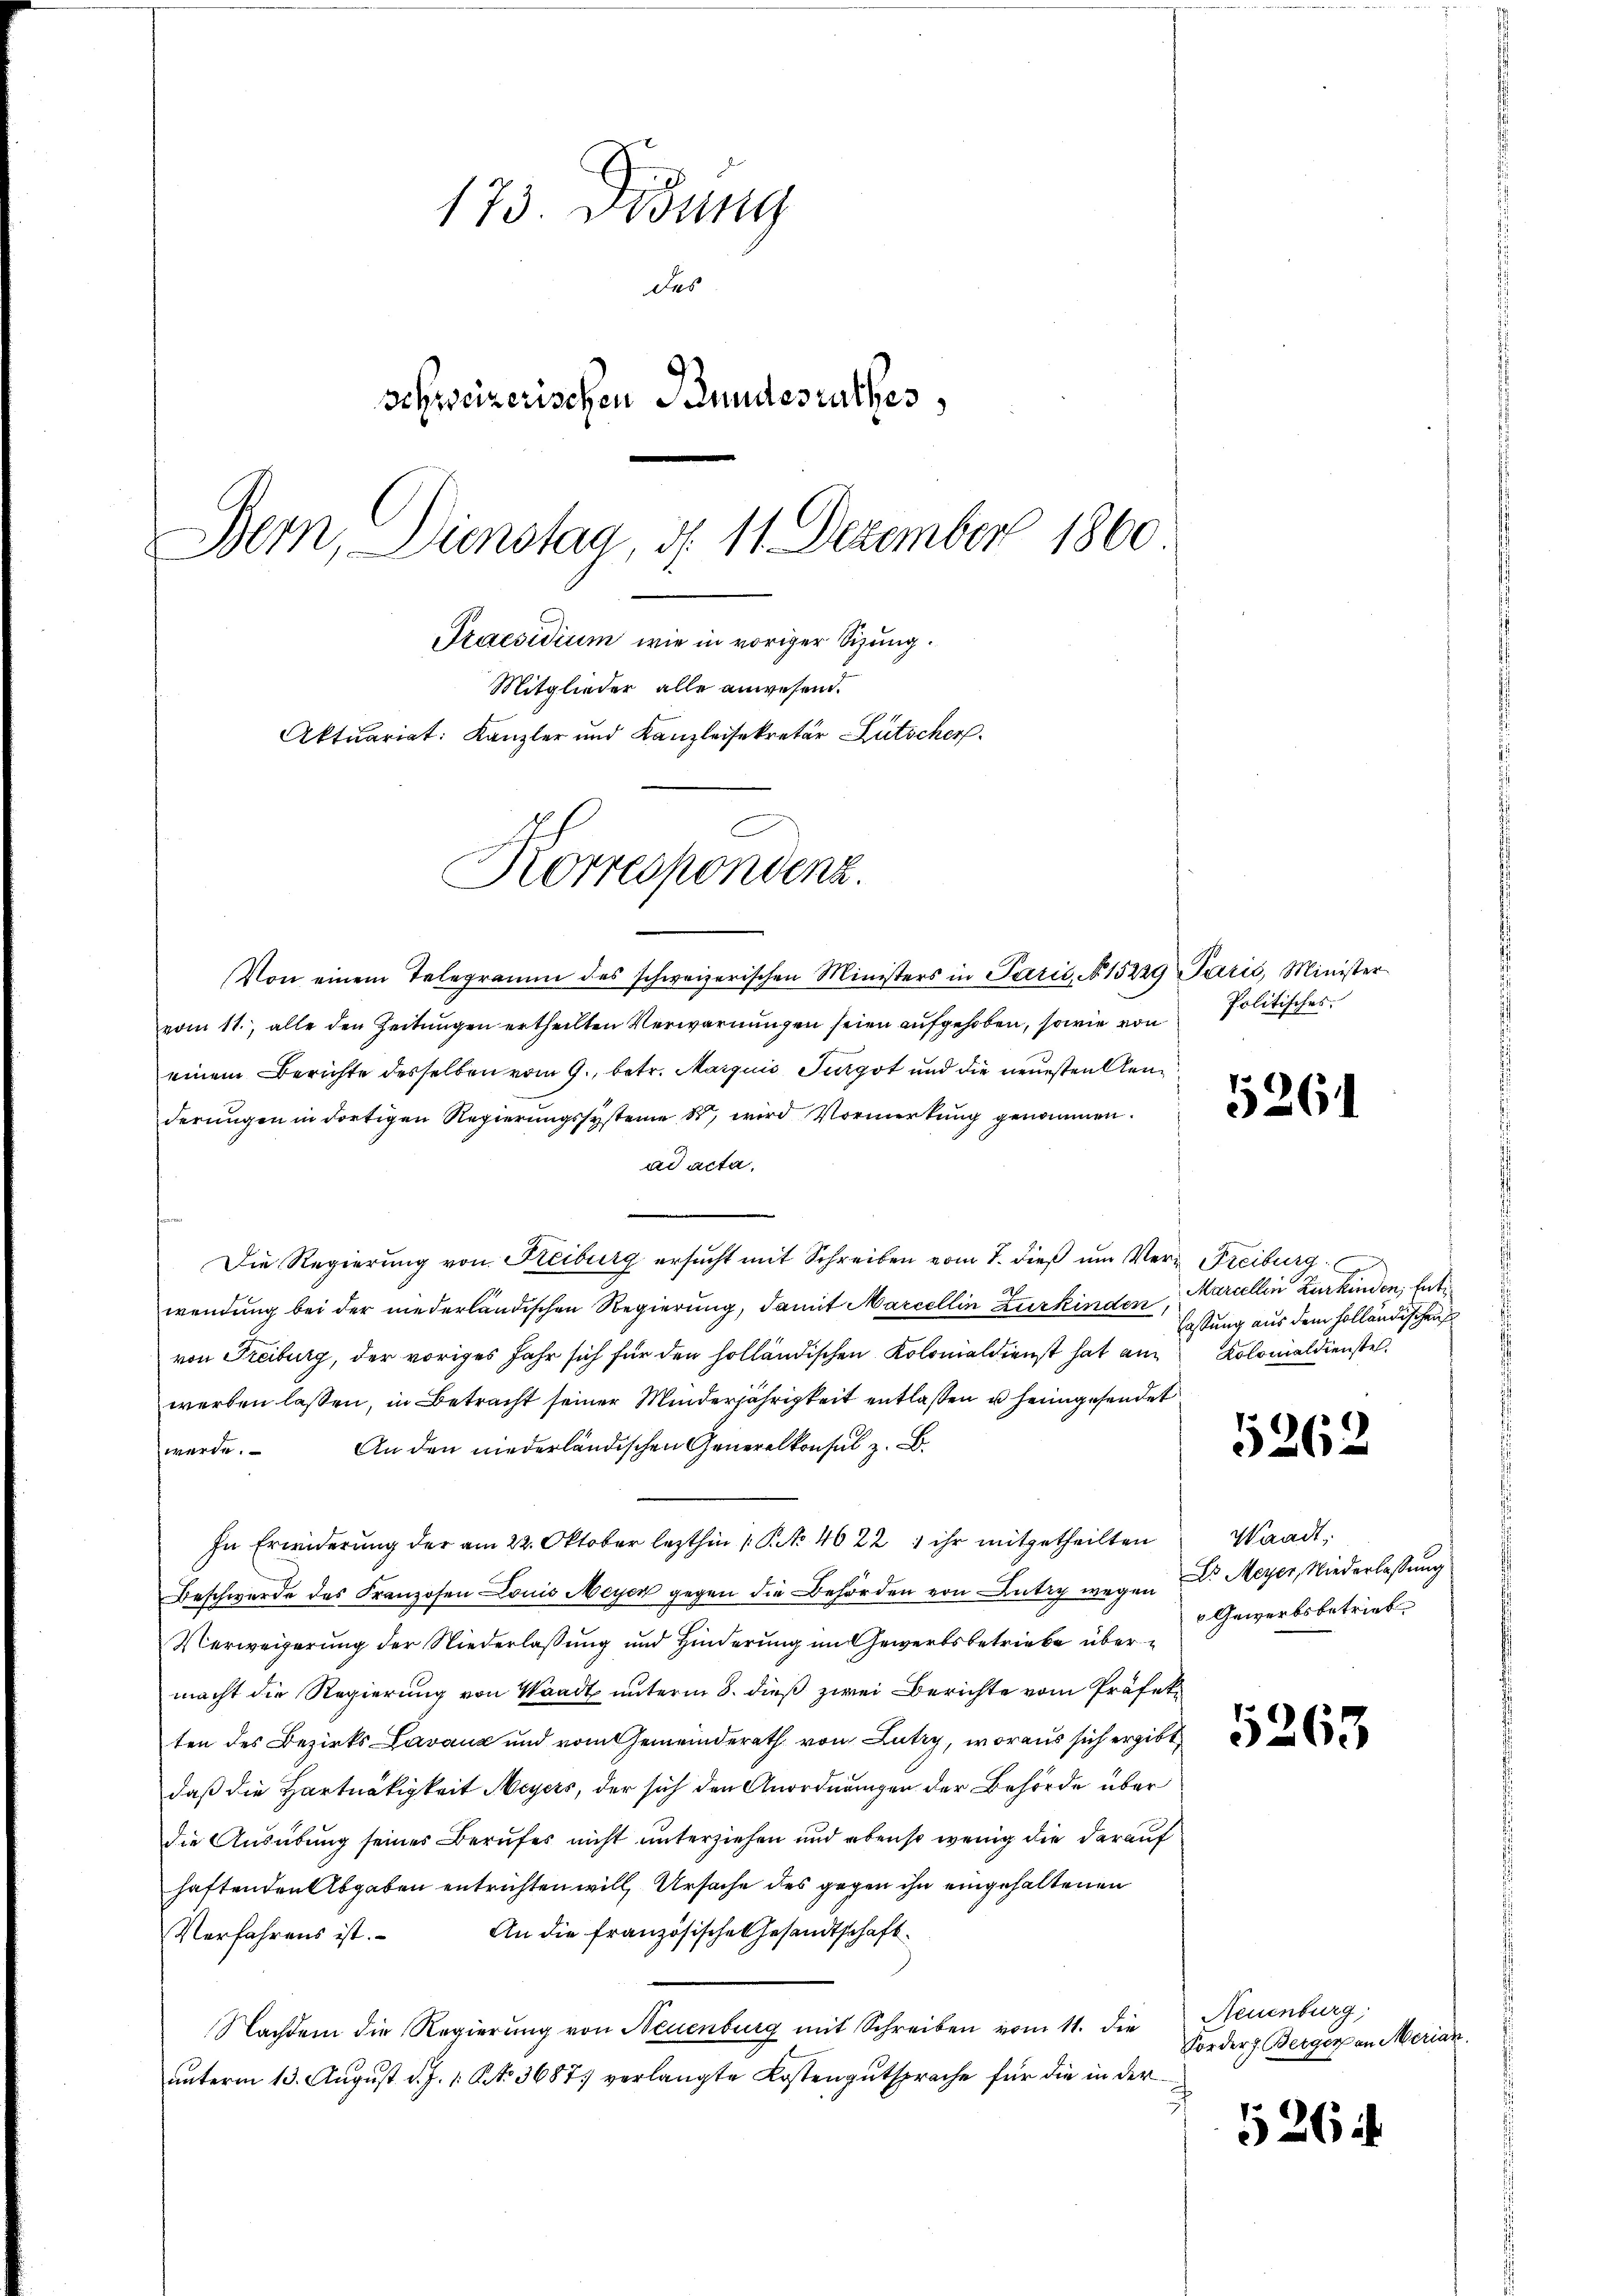
173. Didung
des
schweizerischen Bundesrathes
Bern, Dienstag, d. 11 Dezember 1860
Praesidium wie in voriger Sitzung.
Mitglieder alle anwesend.
Aktuariat: Kanzler und Kanzleisekretär Lütscher

Korrespondenz.

Von einem Telegramm des schweizerischen Ministers in Parić, No 15229 Paris, Minister
vom 11., alle den Zeitungen ertheilten Verwarnungen seien aufgehoben, sowie von
einem Berichte desselben vom 9. betr. Marquis Turgot und die neuesten Genderungen in dortigen Regierungssysteme 8, wird Vormerkung genommen.
ad acta,
e
Die Regierung von Reiburg ersucht mit Schreiben vom 7. dieß um Vern Freiburg
wendung bei der niederländischen Regierung, damit Marcellin Zurkinden,
von Freiburg, der voriges Jahr sich für den holländischen Kolonialdienst hat am Kolonialdienste
werben lassen, in Betracht seiner Minderjährigkeit entlaßen u heimgesendet
An den niederländischen Generalkonsul z. B.
werde.
In Erwiderung der am 22. Oktober lezthin 1 S. 4622) ihr mitgetheilten
Beschwerde des Franzosen Louis Meyer gegen die Behörden von Antag wegen Dr. Meyer, Niederlassung
Verweigerung der Niederlassung und Hinderung im Gewerbsbetriebe übermacht die Regierung von Waadt unterm 8. dieß zwei Berichte vom Präfekten des Bezirks- Lavaux und vom Gemeinderath von Lutry, woraus sich ergibt
daß die Hartnäckigkeit Meyers, der sich den Anordnungen der Behörde über
die Ausübung seines Berufes nicht unterziehen und ebenso wenig die darauf
haftenden Abgaben entrichten will, Ursache des gegen ihn eingehaltenen
Verfahrens ist. An die französische Gesandtschaft.
Nachdem die Regierung von Neuenburg mit Schreiben vom 11. die
unterm 13. August d. J. 1. No 3687 verlangte Kostengutsprache für die in der
¬

Politisches,

526

Marcellen Kurkinden, Ent¬
Fassung aus dem Holländischen

1262

Waadt,
 Gewerbsbetrieb

5263

Neuenburg,
Forders. Berger an Merian

526